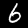
Digit: 6